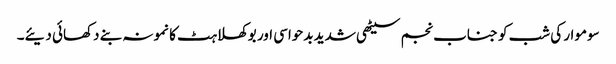
سوموار کی شب کو جناب نجم سیٹھی شدید بدحواسی اور بوکھلاہٹ کا نمونہ بنے دکھائی دیئے۔